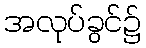
အလုပ်ခွင်၌